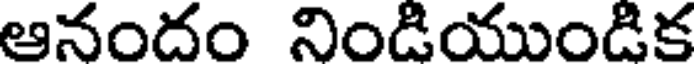
ఆనందం నిండియుండిక